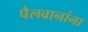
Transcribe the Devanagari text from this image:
पैलवानांना